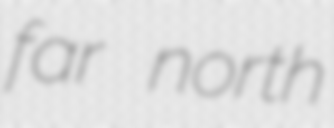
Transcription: far north